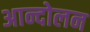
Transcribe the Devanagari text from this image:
अान्दोलन